Sketch of the medical history of the native army of Bombay, for the year
Year: 1870
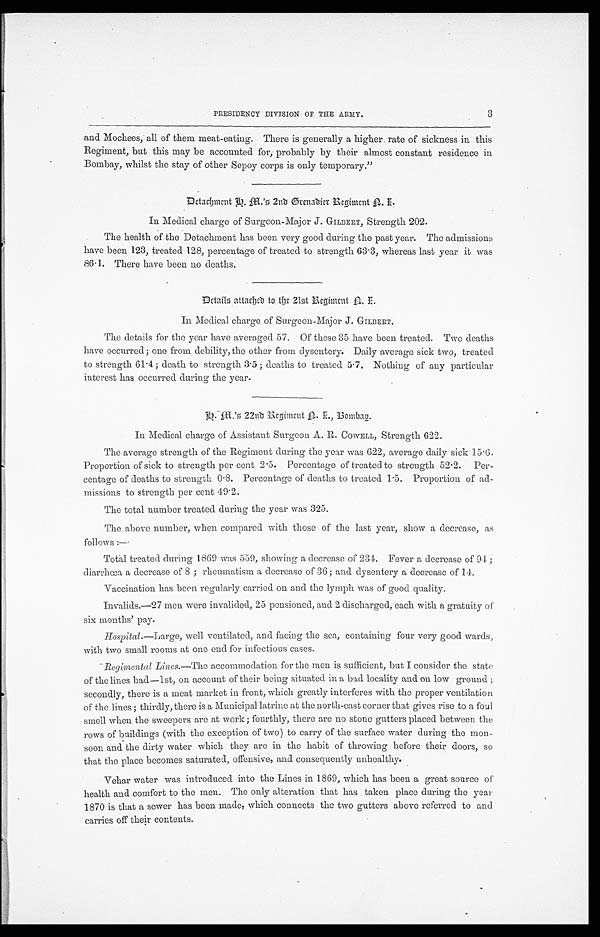
3
PRESIDENCY DIVISION OF THE ARMY.
and Mochees, all of them meat-eating. There is generally a higher. rate of sickness in this
Regiment, but this may be accounted for, probably by their almost constant residence in
Bombay, whilst the stay of other Sepoy corps is only temporary."
D e t a c h m e n t H . M . ' s 2 n d G r e n a d i e r R e g i m e n t N . I .
In Medical charge of Surgeon-Major J. GILBERT, Strength 202.
The health of the Detachment has been very good during the past year. The admissions
have been 123, treated 128, percentage of treated to strength 63.3, whereas last year it was
86.1. There have been no deaths.
In Medical charge of Surgeon-Major J . GILBERT.
The details for the year have averaged 57. Of these 85 have been treated. Two deaths
have occurred; one from debility, the other from dysentery. Daily average sick two, treated
to strength 61.4; death to strength 3.5; deaths to treated 5.7. Nothing of any particular
interest has occurred during the year.
H.M.s 22nd Regiment N. I., Bombay.
In Medical charge of Assistant Surgeon A. R. COWELL, Strength 622.
The average strength of the Regiment during the year was 622, average daily sick 15.6.
Proportion of sick to strength per cent 2.5. Percentage of treated to strength 52.2. Per
-
centage of deaths to strength 0.8. Percentage of deaths to treated 1.5. Proportion of ad
-
missions to strength per cent 49.2.
The total number treated during the year was 325.
The above number, when compared with those of the last year, show a decrease, as
follows:—
Total treated during 1869 was 559, showing a decrease of 234. Fever a decrease of 94;
diarrhœa a decrease of 8; rheumatism a decrease of 36; and dysentery a decrease of 14.
Vaccination has been regularly carried on and the lymph was of good quality.
Invalids.—27 men were invalided, 25 pensioned, and 2 discharged, each with a gratuity of
six months' pay.
Hospital.—Large, well ventilated, and facing the sea, containing four very good wards,
with two small rooms at one end for infectious cases.
Regimental Lines.—The accommodation for the men is sufficient, but I consider the state
of the lines bad—1st, on account of their being situated in a bad locality and on low ground;
secondly, there is a meat market in front, which greatly interferes with the proper ventilation
of the lines; thirdly, there is a Municipal latrine at the north-east corner that gives rise to a foul
smell when the sweepers are at work; fourthly, there are no stone gutters placed between the
rows of buildings (with the exception of two) to carry of the surface water during the mon
-
soon and the dirty water which they are in the habit of throwing before their doors, so
that the place becomes saturated, offensive, and consequently unhealthy.
Vehar water was introduced into the Lines in 1869, which has been a great source of
health and comfort to the men. The only alteration that has taken place during the year
1870 is that a sewer has been made, which connects the two gutters above referred to and
carries off their contents.